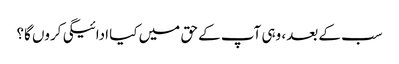
سب کے بعد، وہی آپ کے حق میں کیا ادائیگی کروں گا؟